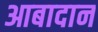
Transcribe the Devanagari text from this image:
आबादान